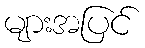
များအပြင်